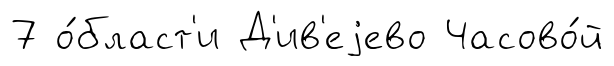
7 о́бласт'и Д'ив'еjево Часово́й